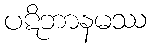
ပဋိဘာနမဿ